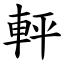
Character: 軯